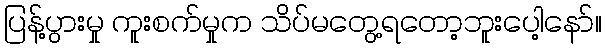
ပြန့်ပွားမှု ကူးစက်မှုက သိပ်မတွေ့ရတော့ဘူးပေါ့နော်။